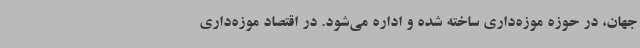
جهان، در حوزه موزه‌داری ساخته شده و اداره می‌شود. در اقتصاد موزه‌داری